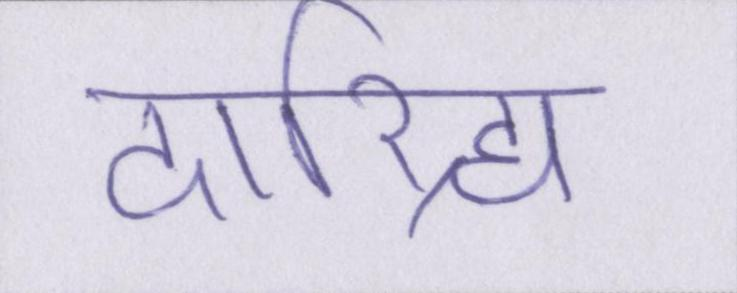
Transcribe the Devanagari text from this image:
दारिद्र्य